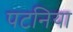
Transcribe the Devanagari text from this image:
पटनिया